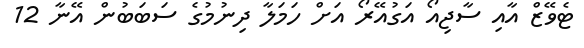
ޓެވޭޒް އާއި ސާޖިއޯ އަގުއޭރޯ އަށް ހަމަލާ ދިނުމުގެ ސަބަބުން އޭނާ 12